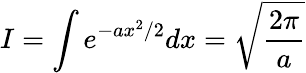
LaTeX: I=\int e^{-ax^{2}/2}dx={\sqrt{\frac{2\pi}{a}}}